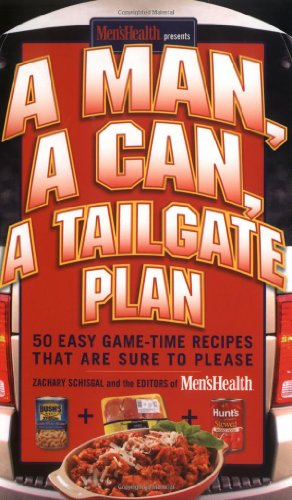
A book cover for A Man, A Can, A Tailgate Plan: 50 Easy Game-Time Recipes That Are Sure to Please; Zachary Schisgal; Cookbooks, Food & Wine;